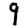
Digit: 9